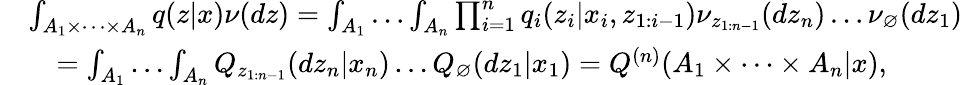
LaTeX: \begin{array}{rl}&{\int_{A_{1}\times\dots\times A_{n}}q(z|x)\nu(dz)=\int_{A_{1}}\dots\int_{A_{n}}\prod_{i=1}^{n}q_{i}(z_{i}|x_{i},z_{1:i-1})\nu_{z_{1:n-1}}(dz_{n})\dots\nu_{\varnothing}(dz_{1})}\\ &{\quad=\int_{A_{1}}\dots\int_{A_{n}}Q_{z_{1:n-1}}(dz_{n}|x_{n})\dots Q_{\varnothing}(dz_{1}|x_{1})=Q^{(n)}(A_{1}\times\dots\times A_{n}|x),}\end{array}